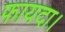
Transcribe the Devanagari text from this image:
फायदा।